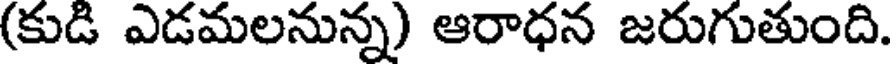
(కుడి ఎడమలనున్న) ఆరాధన జరుగుతుంది.